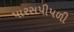
પારસપીપળી